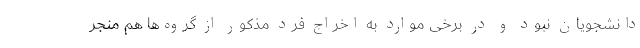
دانشجویان نبود و در برخی موارد به اخراج فرد مذکور از گروه‌ها هم منجر